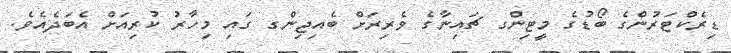
ޑިރެކްޓަރުންގެ ބޯޑުގެ މީޓިންގ ޗައިނާގެ ވެރިރަށް ބެއިޖިންގ ގައި މިހާރު ކުރިއަށް އެބަދެއެވެ.